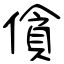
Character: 僋